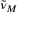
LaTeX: { \tilde { \nu } } _ { M }